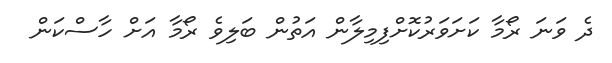
ދެ ވަނަ ރޯމާ ކަށަވަރުކޮށްފިމިލާން އަތުން ބަލިވެ ރޯމާ އަށް ހާސްކަން